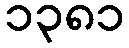
၁၃၈၁